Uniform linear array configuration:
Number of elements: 64
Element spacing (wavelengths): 0.25
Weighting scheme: blackman
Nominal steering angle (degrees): -15
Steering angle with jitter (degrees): -13.845
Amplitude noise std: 0.05
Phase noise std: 0.05

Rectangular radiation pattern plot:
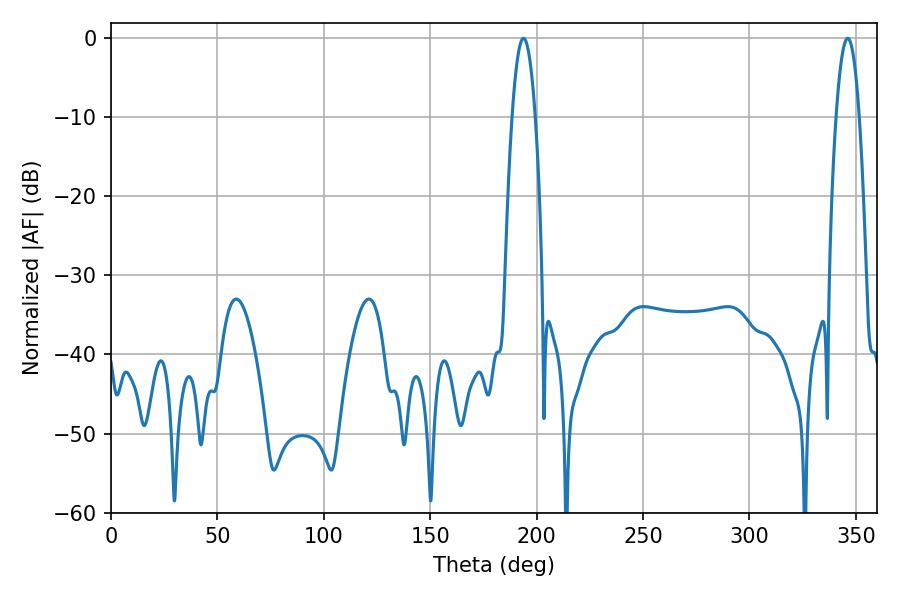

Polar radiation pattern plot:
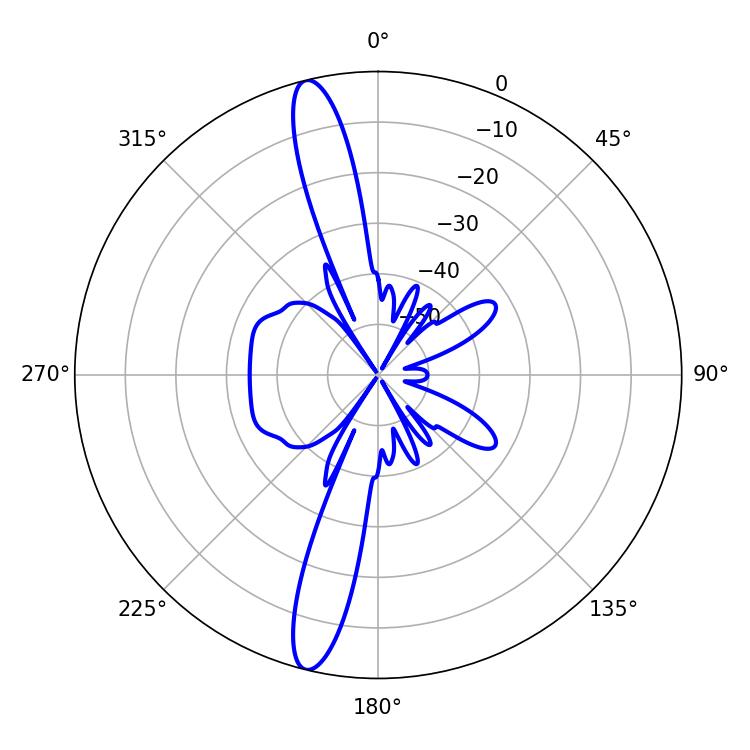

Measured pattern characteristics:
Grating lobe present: FALSE
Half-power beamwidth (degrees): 6.12
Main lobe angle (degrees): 346.14